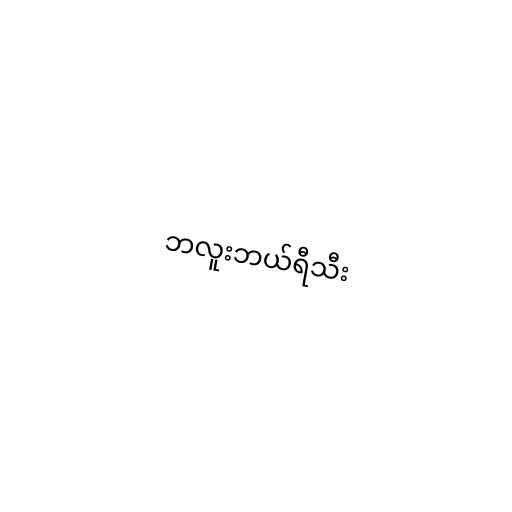
ဘလူးဘယ်ရီသီး